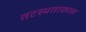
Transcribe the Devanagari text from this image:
तटस्थताकाल